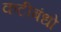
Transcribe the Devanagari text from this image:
कटीबंधो